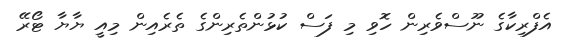
އެފްރިކާގެ ނޫސްވެރިން ހޮވި މި ފަސް ކުޅުންތެރިންގެ ތެރެއިން މިއީ ޔާޔާ ޓޯރޭ